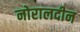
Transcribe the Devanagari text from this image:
नोरालदीन